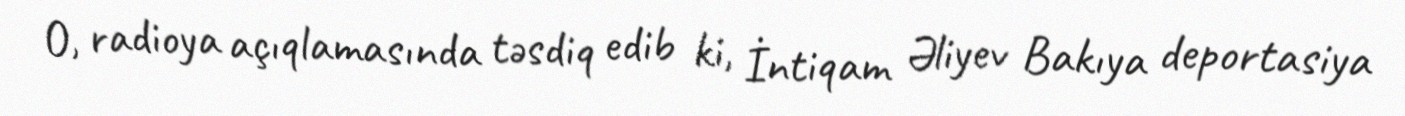
O, radioya açıqlamasında təsdiq edib ki, İntiqam Əliyev Bakıya deportasiya